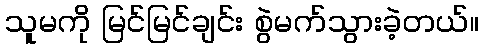
သူမကို မြင်မြင်ချင်း စွဲမက်သွားခဲ့တယ်။